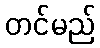
တင်မည်